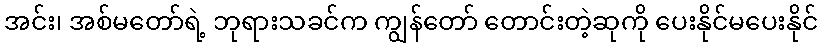
အင်း၊ အစ်မတော်ရဲ့ ဘုရားသခင်က ကျွန်တော် တောင်းတဲ့ဆုကို ပေးနိုင်မပေးနိုင်